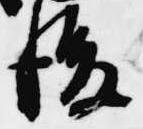
後